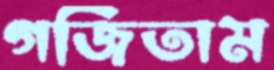
গর্জিতাম